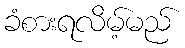
ခံစားရလိမ့်မည်